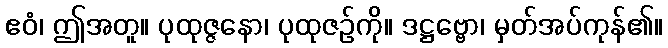
ဧဝံ၊ ဤအတူ။ ပုထုဇ္ဇနော၊ ပုထုဇဉ်ကို။ ဒဋ္ဌဗ္ဗော၊ မှတ်အပ်ကုန်၏။